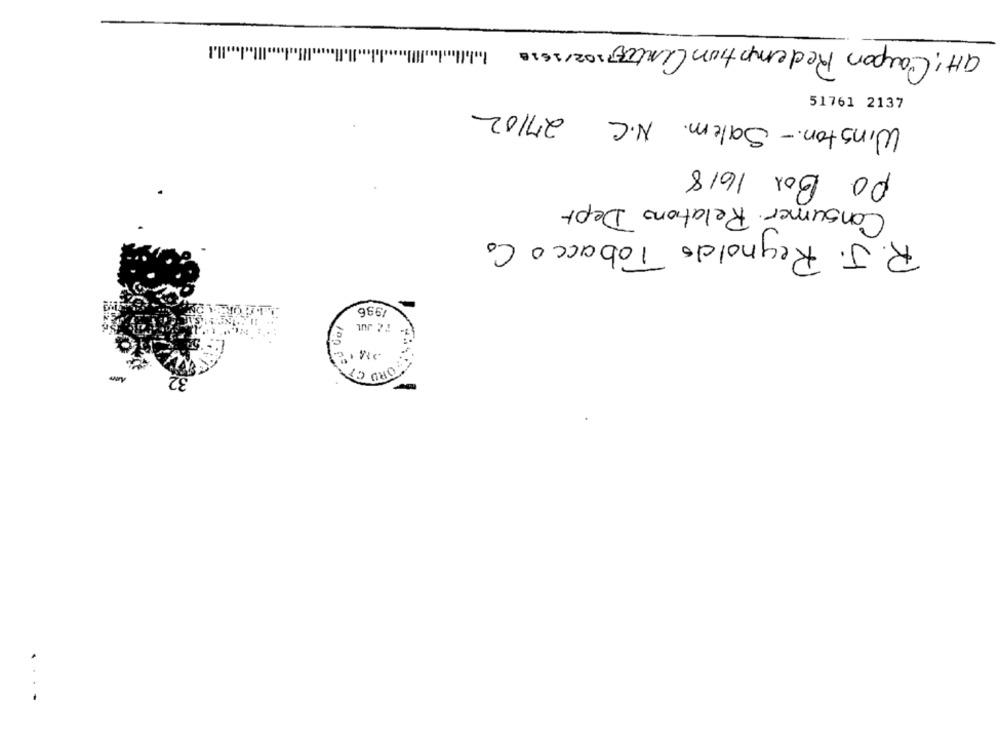
GH: Carpon Redemption Center/02/2019
Winston- Salem. N.C 27102
51761 2137
PO Box 1618
Consumer Relations Depr
R.J. Reynolds Tobacco Co
1986
FC JUL
FORD ON